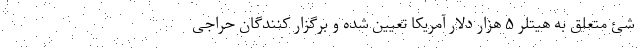
شئ متعلق به هیتلر ۵ هزار دلار آمریکا تعیین شده و برگزار کنندگان حراجی